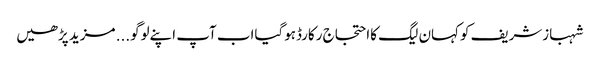
شہبازشریف کوکہان لیگ کااحتجاج رکارڈہوگیااب آپ اپنےلوگو... مزید پڑھیں